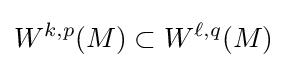
W^{k,p}(M)\subset W^{\ell ,q}(M)